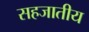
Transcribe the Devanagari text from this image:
सहजातीय